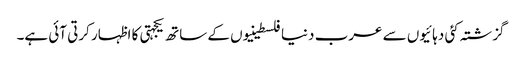
گزشتہ کئی دہائیوں سے عرب دنیا فلسطینیوں کے ساتھ یکجہتی کا اظہار کرتی آئی ہے۔